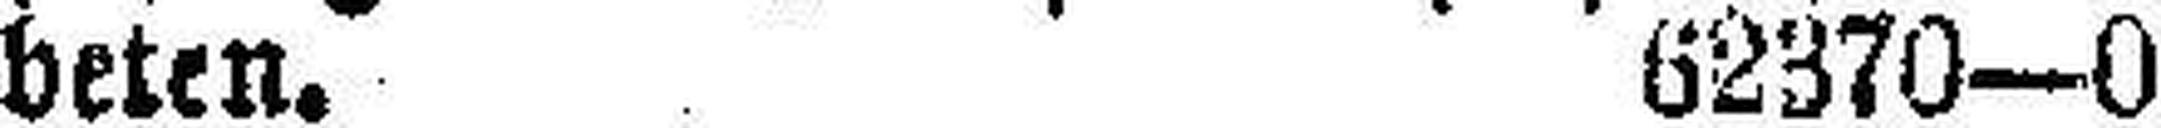
beten. 62370—0